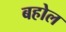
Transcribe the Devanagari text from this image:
बहोल